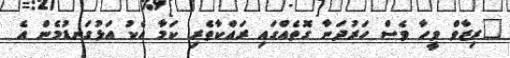
"ރިޒާވް ވީހާ ވެސް ހަރުދަނާ ގޮތެއްގައި ރައްކާތެރި ކަމާ އެކު އަޅުގަނޑުމެން އެ